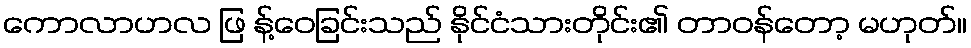
ကောလာဟလ ဖြ န့်ဝေခြင်းသည် နိုင်ငံသားတိုင်း၏ တာဝန်တော့ မဟုတ်။